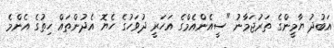
އަބުދު ޔާމީންގެ ތަރުޖަމާނު "ސީއެންއެމްގެ އަހަރީ ދުވަހުގެ ހެޔޮ އެދުންތައް ހިތުގެ އެންމެ